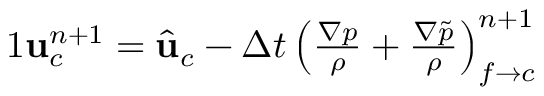
\begin{array} { r } { { 1 } \mathbf { u } _ { c } ^ { n + 1 } = \hat { \mathbf { u } } _ { c } - \Delta t \left( \frac { \nabla p } { \rho } + \frac { \nabla \tilde { p } } { \rho } \right) _ { f \rightarrow c } ^ { n + 1 } } \end{array}